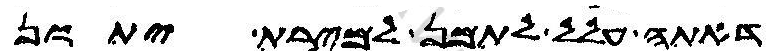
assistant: דאתה עלל לתמן למירת יתון